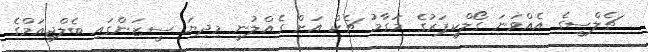
ޗެލްސީގެ އެއްވަނަ ގޯލްކީޕަރުގެ މަގާމު ޗެކް އަށް ގެއްލުނީ މިދިޔަ ސީޒަންގައި ބެލްޖިއަމްގެ